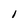
Character: 1